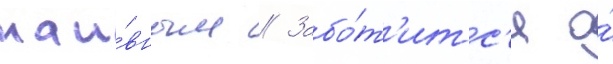
наи́вным // Забо́т'итс'я о́